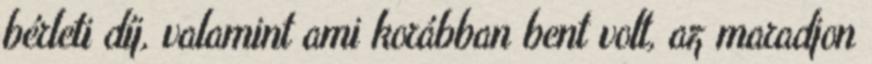
bérleti díj, valamint ami korábban bent volt, az maradjon